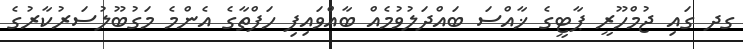
ގދ ގައި ޖުމްހޫރީ ޕާޓީގެ ޚާއްސަ ބައްދަލުވުމެއް ބާއްވައިފި ހަފްތާގެ އެންމެ މަގުބޫލުސަރުކާރުގެ